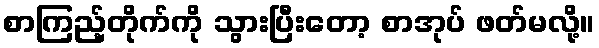
စာကြည့်တိုက်ကို သွားပြီးတော့ စာအုပ် ဖတ်မလို့။